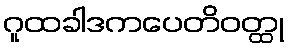
ဂူထခါဒကပေတိဝတ္ထု